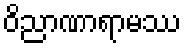
ဝိညာဏာရာမဿ